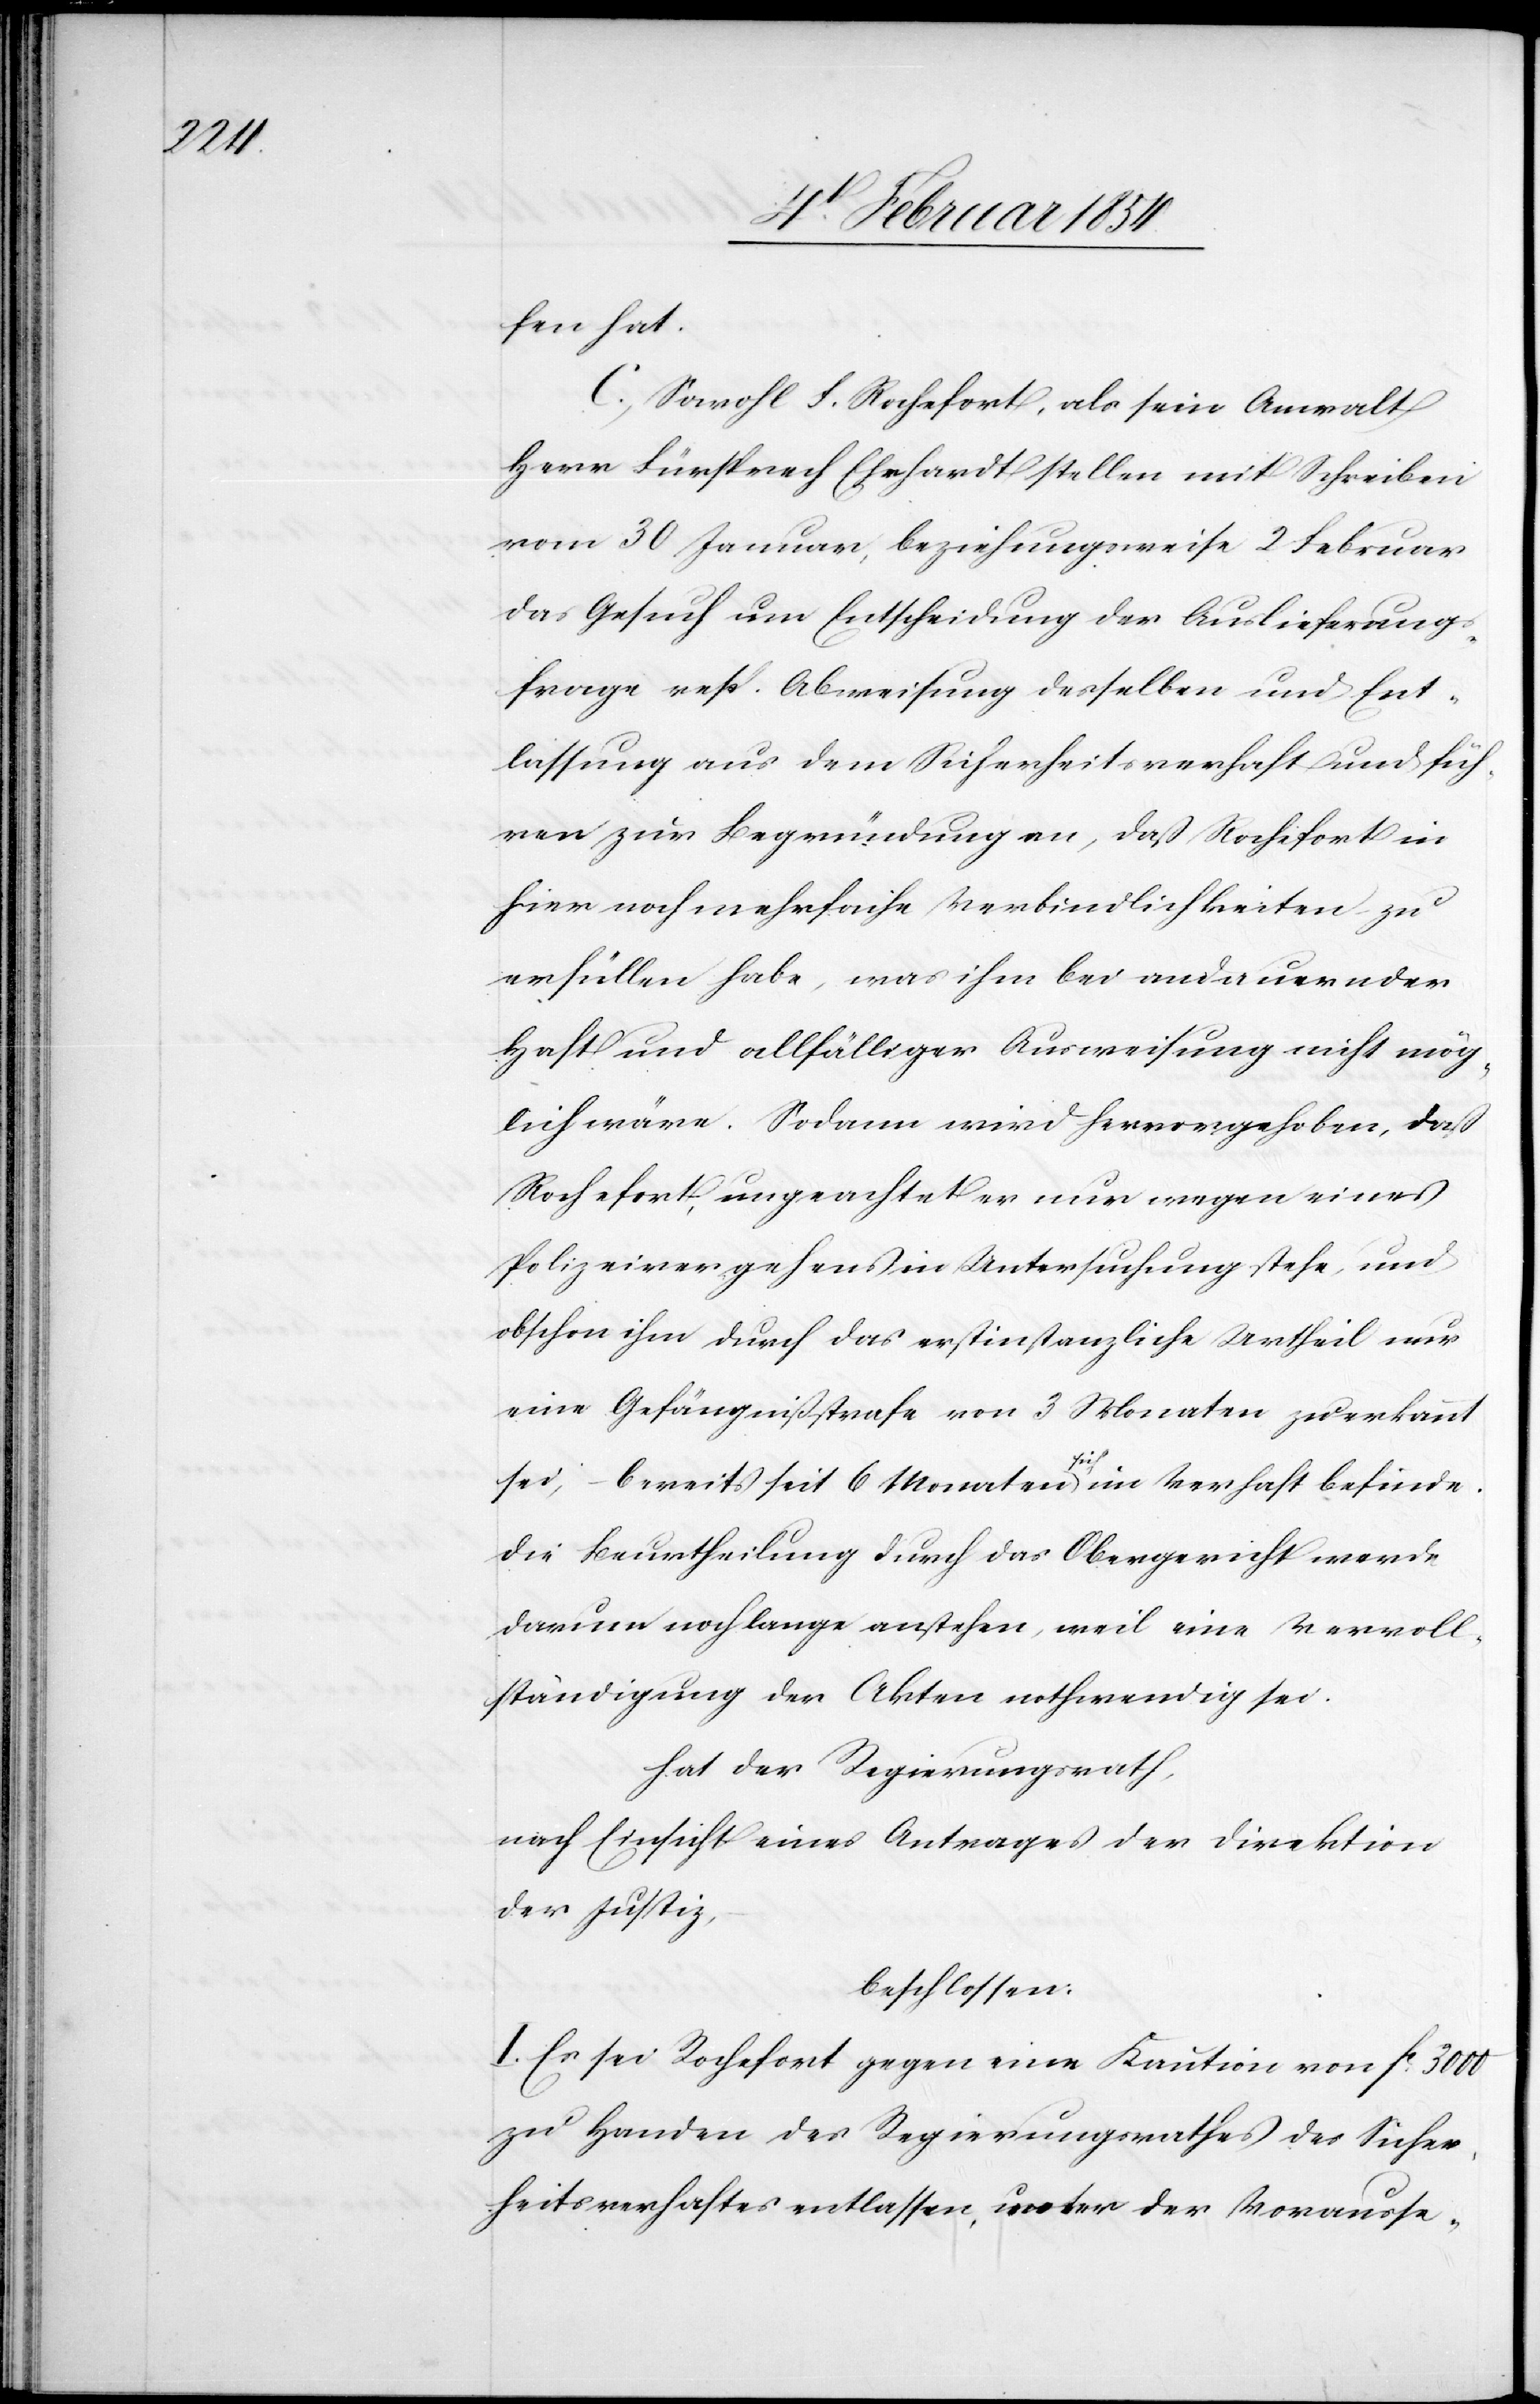
fen hat.
C. Sowohl F. Rochefort, als sein Anwalt
Herr Fürsprech Ehrhardt stellen mit Schreiben
vom 30 Januar, beziehungsweise 2 Februar
das Gesuch um Entscheidung der Auslieferungs¬
frage resp. Abweisung desselben und Ent¬
lassung aus dem Sicherheitsverhaft und füh¬
ren zur Begründung an, daß Rochefort in
hier noch mehrfache Verbindlichkeiten zu
erfüllen habe, was ihm bei andauernder
Haft und allfälliger Ausweisung nicht mög¬
lich wäre. Sodann wird hervorgehoben, daß
Rochefort ungeachtet er nur wegen eines
Polizeivergehens in Untersuchung stehe, und
obschon ihm durch da erstinstanzliche Urtheil nur
eine Gefängnißstrafe von 3 Monaten zuerkannt
sei, – bereits seit 6 Monaten a-sich-a in Verhaft befinde.
Die Beurtheilung durch das Obergericht werde
darum noch lange anstehen, weil eine Vervoll¬
ständigung der Akten nothwendig sei.
Hat der Regierungsrath,
nach Einsicht eines Antrages der Direktion
der Justiz,
beschlossen:
I. Es sei Rochefort gegen eine Kaution von Fc 3000
zu Handen des Regierungsrathes des Sicher¬
heitsverhaftes entlassen, unter der Vorausse-